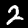
Label: 2